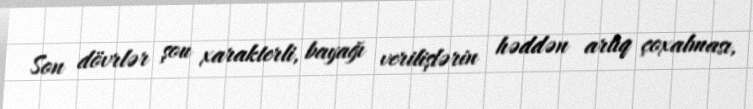
Son dövrlər şou xarakterli, bayağı verilişlərin həddən artıq çoxalması,